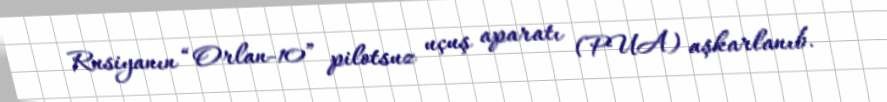
Rusiyanın “Orlan-10” pilotsuz uçuş aparatı (PUA) aşkarlanıb.